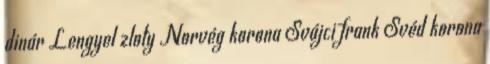
dinár Lengyel zloty Norvég korona Svájci frank Svéd korona